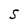
Character: S